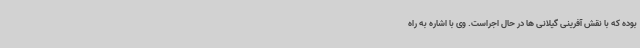
بوده که با نقش آفرینی گیلانی ها در حال اجراست. وی با اشاره به راه